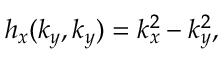
\begin{array} { r } { h _ { x } ( k _ { y } , k _ { y } ) = k _ { x } ^ { 2 } - k _ { y } ^ { 2 } , } \end{array}